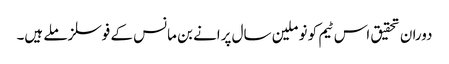
دوران تحقیق اس ٹیم کو نو ملین سال پرانے بن مانس کے فوسلز ملے ہیں۔